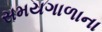
સમયગાળાના